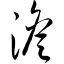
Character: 澹